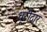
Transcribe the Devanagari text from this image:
धूरीदार